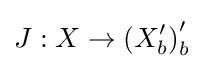
J:X\to \left(X_{b}^{\prime }\right)_{b}^{\prime }